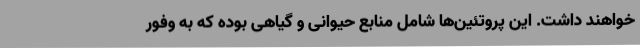
خواهند داشت. این پروتئین‌ها شامل منابع حیوانی و گیاهی بوده که به وفور